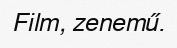
Film, zenemű.